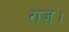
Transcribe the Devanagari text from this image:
राज़।